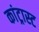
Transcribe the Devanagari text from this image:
कांट्रास्ट